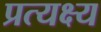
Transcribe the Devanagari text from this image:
प्रत्यक्ष्य